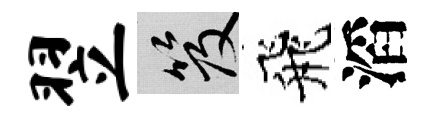
翌笈飛滔